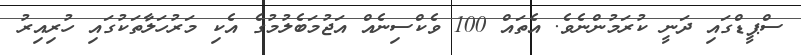
ސްޕީޑްގައި ދަނީ ކުރަމުންނެވެ. އެތައް 100 ވެކްސިނެއް އަޖުމަބެލުމުގެ އެކި މަރުހަލާތަކުގައި ހުރިއިރު